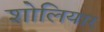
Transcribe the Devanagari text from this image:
शोलियार